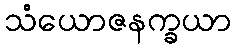
သံယောဇနက္ခယာ